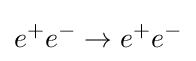
e^{+}e^{-}\rightarrow e^{+}e^{-}